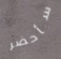
سأحضر